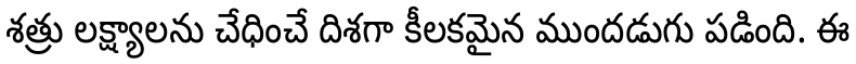
శత్రు లక్ష్యాలను చేధించే దిశగా కీలకమైన ముందడుగు పడింది. ఈ